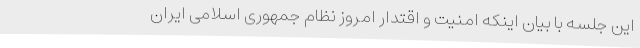
این جلسه با بیان اینکه امنیت و اقتدار امروز نظام جمهوری اسلامی ایران